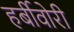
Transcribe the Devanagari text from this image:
हर्बीवोरी